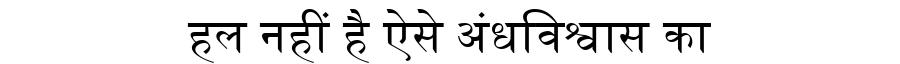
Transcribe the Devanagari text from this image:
हल नहीं है ऐसे अंधविश्वास का